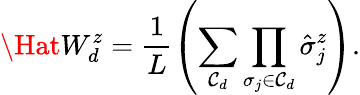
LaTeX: \Hat{W}_{d}^{z}=\frac{1}{L}\left(\sum_{\mathcal{C}_{d}}\prod_{\sigma_{j}\in\mathcal{C}_{d}}\hat{\sigma}_{j}^{z}\right).